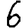
Digit: 6